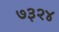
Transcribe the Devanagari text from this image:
७३२४